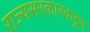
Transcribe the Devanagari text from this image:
राज्यसरकारकडून